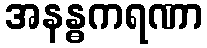
အနန္ဓကရဏာ